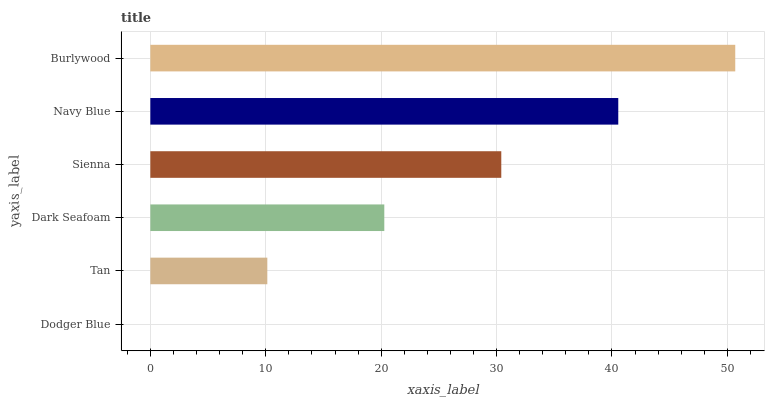
| yaxis_label | bars |
 | --- | --- |
 | Dodger Blue | 0 |
 | Tan | 10.1 |
 | Dark Seafoam | 20.3 |
 | Sienna | 30.4 |
 | Navy Blue | 40.5 |
 | Burlywood | 50.7 |